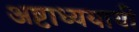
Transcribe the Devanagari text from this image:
अष्टाध्ययायी